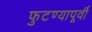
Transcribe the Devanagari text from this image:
फुटण्यापूर्वी